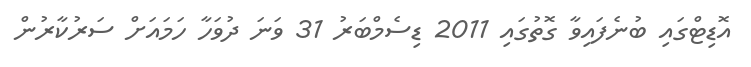
އޮޑިޓްގައި ބުނެފައިވާ ގޮތުގައި 2011 ޑިސެމްބަރު 31 ވަނަ ދުވަހާ ހަމައަށް ސަރުކާރުން